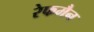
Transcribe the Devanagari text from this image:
रेफमैन